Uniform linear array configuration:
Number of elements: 64
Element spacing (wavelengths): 0.5
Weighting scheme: uniform
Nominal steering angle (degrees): -60
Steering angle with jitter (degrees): -59.529
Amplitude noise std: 0.05
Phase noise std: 0.05

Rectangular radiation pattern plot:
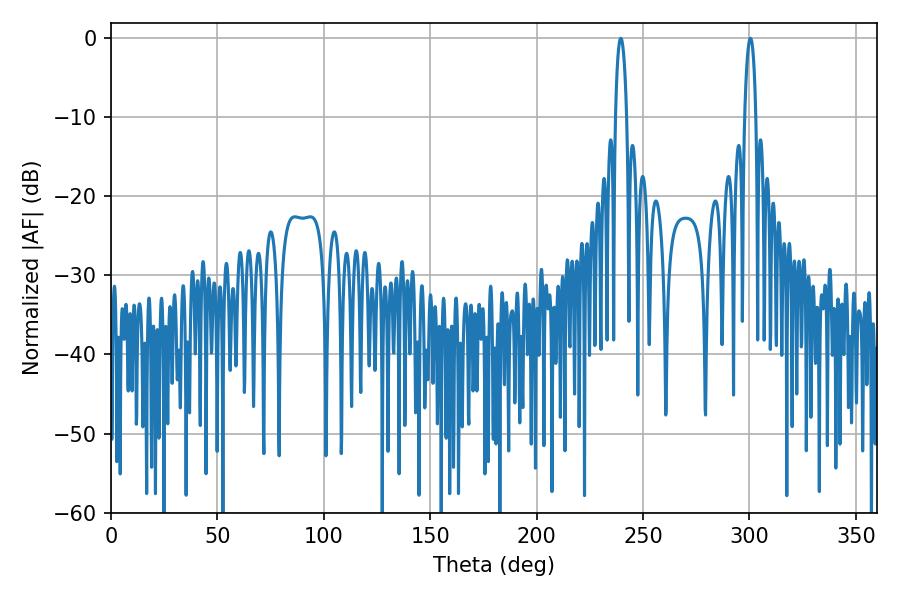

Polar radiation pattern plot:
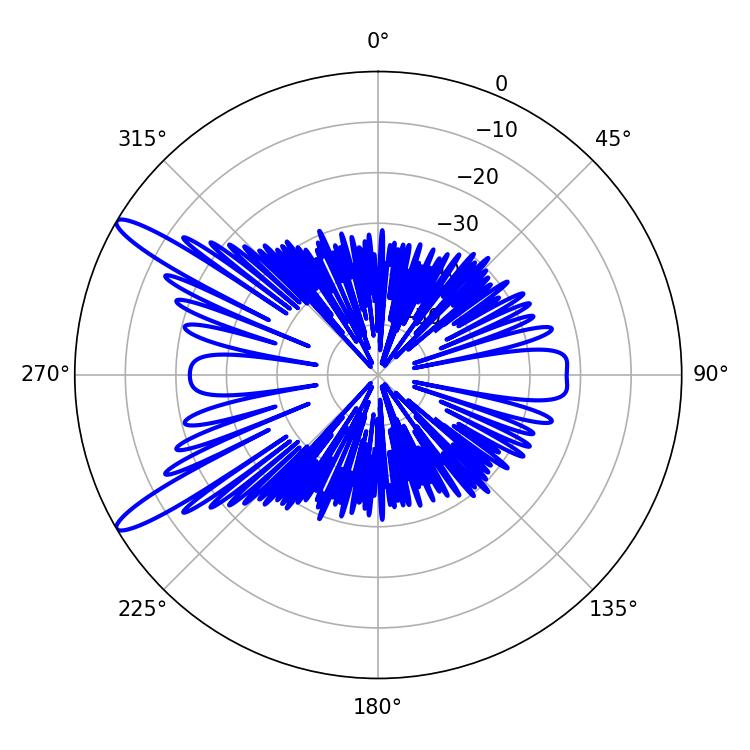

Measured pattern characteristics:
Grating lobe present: FALSE
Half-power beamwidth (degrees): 2.88
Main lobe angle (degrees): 300.42